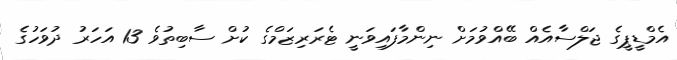
އެމްޑީޕީގެ ޖަލްސާއެއް ބޭއްވުމަށް ނިންމާފައިވަނީ ޓެރަރިޒަމްގެ ކުށް ސާބިތުވެ 13 އަހަރު ދުވަހުގެ